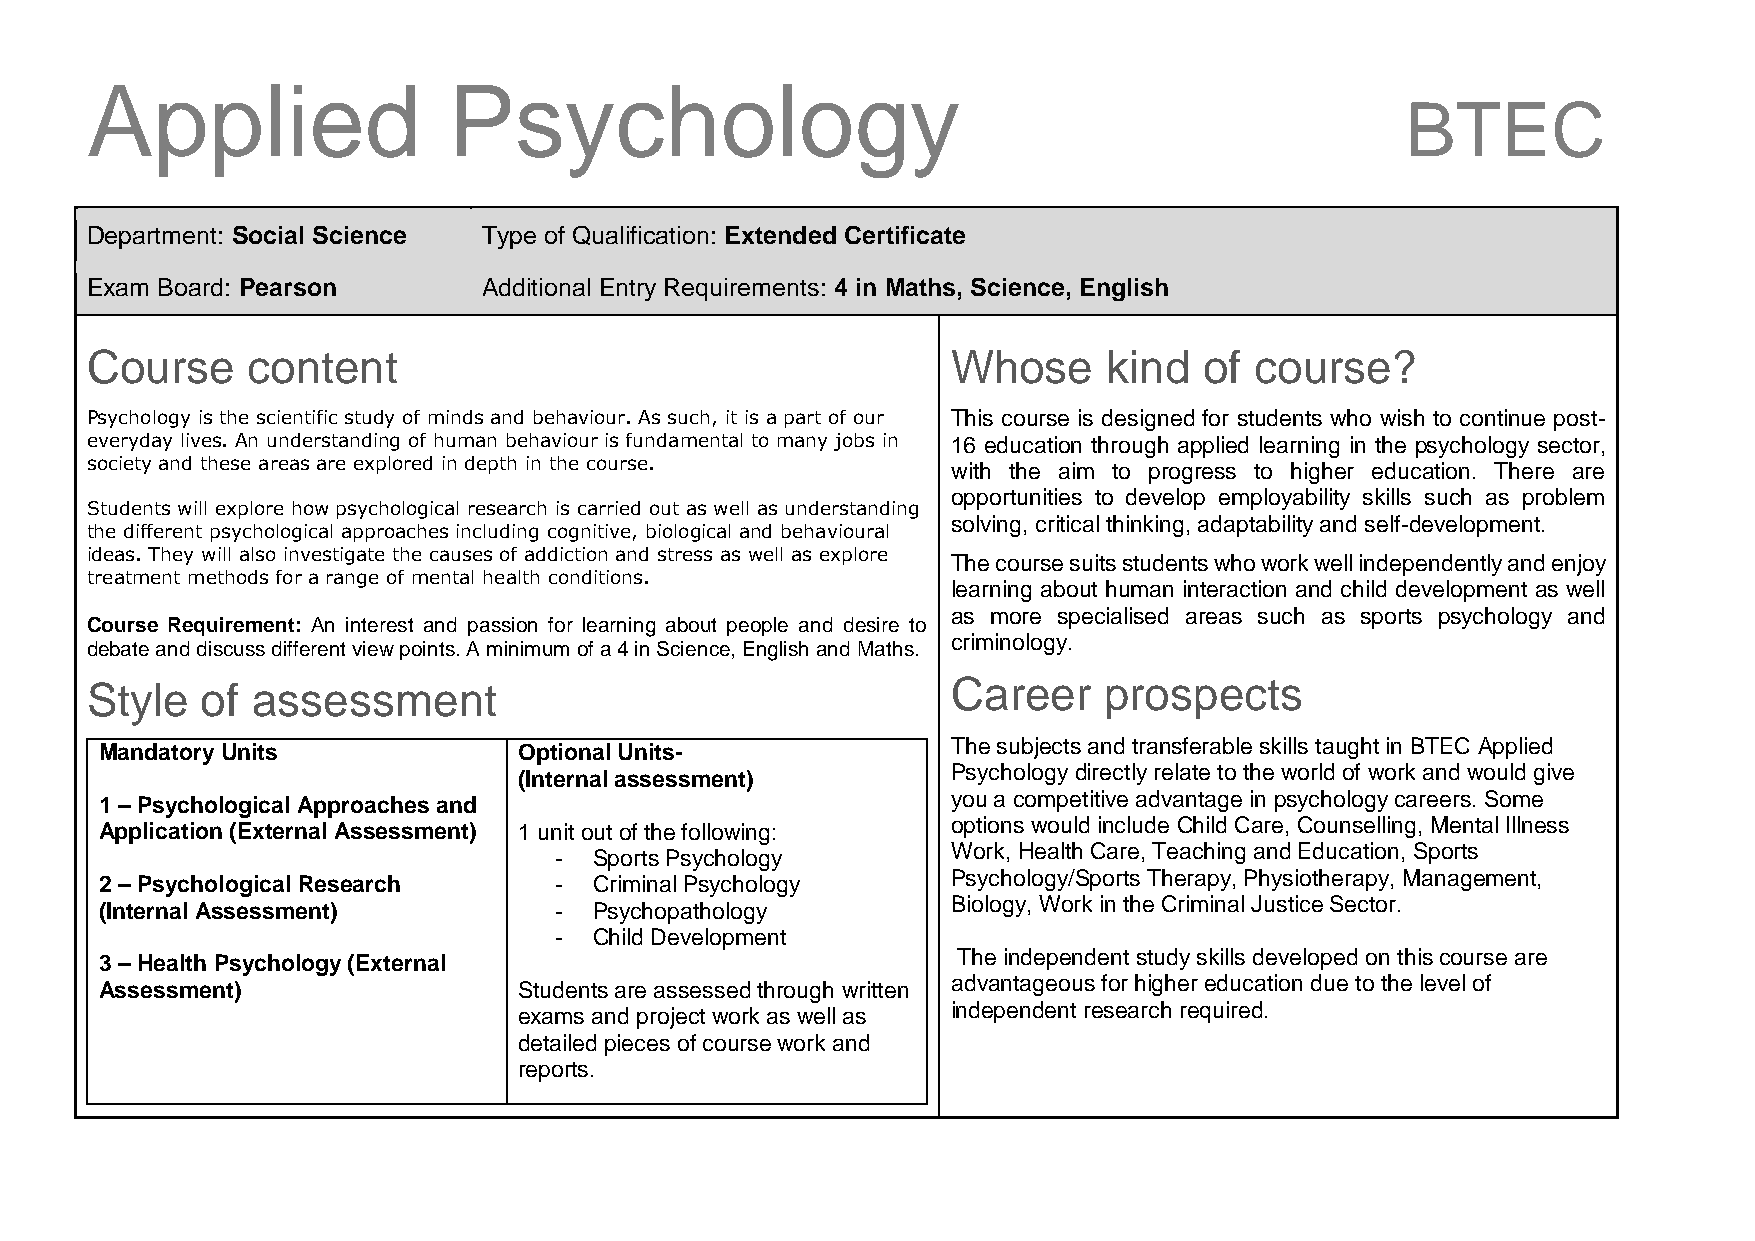
Applied                 Psychology
 BTEC
 Department: Social Science Type of Qualification: Extended Certificate
 Exam Board: Pearson       Additional Entry Requirements: 4 in Maths, Science, English
 Course    content                                        Whose     kind   of course?
 Psychology is the scientific study of minds and behaviour. As such, it is a part of our This course is designed for students who wish to continue post-
 everyday lives. An understanding of human behaviour is fundamental to many jobs in 16 education through applied learning in the psychology sector,
 society and these areas are explored in depth in the course. with the aim to progress to higher education. There are
 opportunities to develop employability skills such as problem
 Students will explore how psychological research is carried out as well as understanding
 solving, critical thinking, adaptability and self-development.
 the different psychological approaches including cognitive, biological and behavioural
 ideas. They will also investigate the causes of addiction and stress as well as explore
 The course suits students who work well independently and enjoy
 treatment methods for a range of mental health conditions.
 learning about human interaction and child development as well
 as more specialised areas such as sports psychology and
 Course Requirement: An interest and passion for learning about people and desire to
 criminology.
 debate and discuss different view points. A minimum of a 4 in Science, English and Maths.
 Style  of  assessment                                    Career    prospects
 The subjects and transferable skills taught in BTEC Applied
 Mandatory Units            Optional Units-
 (Internal assessment) 1: Bu  Psychology directly relate to the world of work and would give
 1 – Psychological Approaches and                        you a competitive advantage in psychology careers. Some
 options would include Child Care, Counselling, Mental Illness
 Application (External Assessment) 1 unit out of the following:
 - Sports Psychology
 Work, Health Care, Teaching and Education, Sports
 Psychology/Sports Therapy, Physiotherapy, Management,
 2 – Psychological Research    - Criminal Psychology
 (Internal Assessment)         - Psychopathology         Biology, Work in the Criminal Justice Sector.
 - Child Development
 The independent study skills developed on this course are
 3 – Health Psychology (External
 Assessment)                Students are assessed through written advantageous for higher education due to the level of
 independent research required.
 exams and project work as well as
 detailed pieces of course work and
 reports.